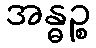
အန္ဓဉ္စ